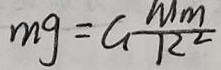
m g = G \frac { M m } { R ^ { 2 } }